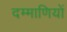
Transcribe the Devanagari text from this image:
दम्माणियों